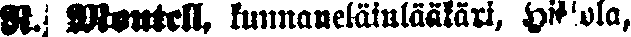
«R. Montell, kunnaneläinlääkäri, Hietola,